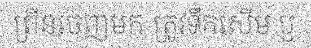
ព្រីនចេញមក ត្រូវទឹកសើម ឬ